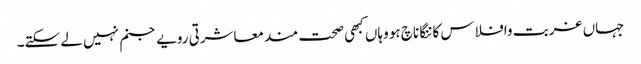
جہاں غربت وافلاس کاننگا ناچ ہو وہاں کبھی صحت مند معاشرتی رویے جنم نہیں لے سکتے۔